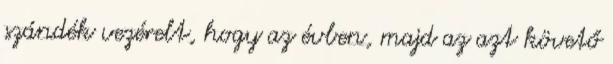
szándék vezérelt, hogy az évben, majd az azt követő